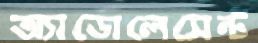
অ্যাডোলেসেন্ট